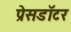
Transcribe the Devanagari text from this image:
प्रेसडॉटर